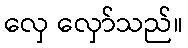
လှေ လှော်သည်။